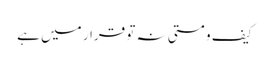
کیف و مستی نہ تو قرار میں ہے